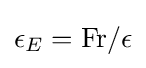
\epsilon _{E}=\mathrm {Fr} /\epsilon